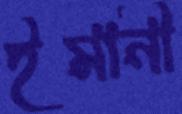
ইমানী